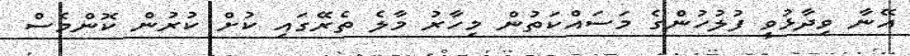
އޭނާ ވިދާޅުވީ ފުލުހުންގެ މަސައްކަތުން މިހާރު މާލެ ތެރޭގައި ކުށް ކުރުން ކޮންމެސް